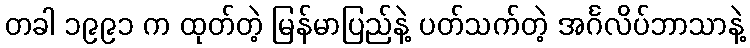
တခါ ၁၉၉၁ က ထုတ်တဲ့ မြန်မာပြည်နဲ့ ပတ်သက်တဲ့ အင်္ဂလိပ်ဘာသာနဲ့